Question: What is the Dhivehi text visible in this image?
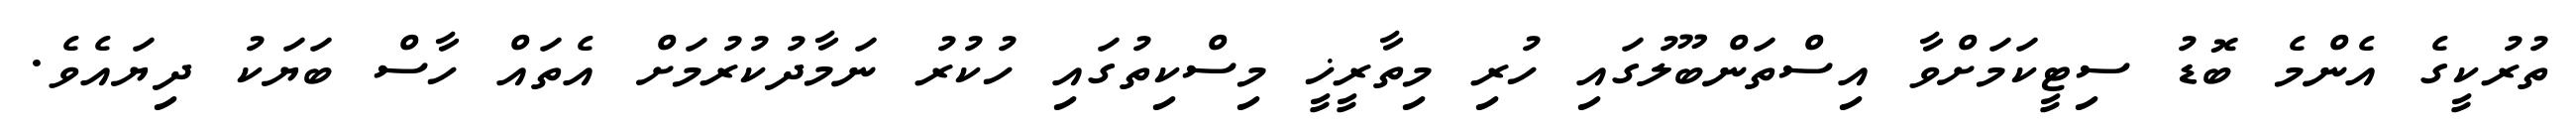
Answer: ތުރުކީގެ އެންމެ ބޮޑު ސިޓީކަމަށްވާ އިސްތަންބޫލުގައި ހުރި މިތާރީޚީ މިސްކިތުގައި ހުކުރު ނަމާދުކުރުމަށް އެތައް ހާސް ބަޔަކު ދިޔައެވެ.